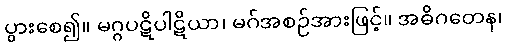
ပွားစေ၍။ မဂ္ဂပဋိပါဋိယာ၊ မဂ်အစဉ်အားဖြင့်။ အဓိဂတေန၊